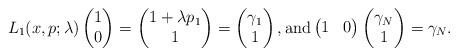
LaTeX: \begin{align*}L_1(x,p;\lambda)\begin{pmatrix} 1 \\ 0 \end{pmatrix} = \begin{pmatrix} 1+\lambda p_1 \\ 1 \end{pmatrix}=\begin{pmatrix} \gamma_1 \\ 1 \end{pmatrix}, \mathrm{and}\begin{pmatrix} 1 & 0 \end{pmatrix}\begin{pmatrix} \gamma_N \\ 1 \end{pmatrix}= \gamma_N.\end{align*}